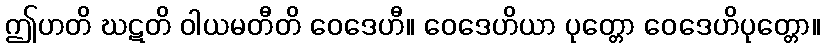
ဤဟတိ ဃဋတိ ဝါယမတီတိ ဝေဒေဟီ။ ဝေဒေဟိယာ ပုတ္တော ဝေဒေဟိပုတ္တော။